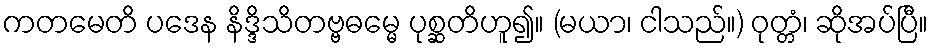
ကတမေတိ ပဒေန နိဒ္ဒိသိတဗ္ဗဓမ္မေ ပုစ္ဆတိဟူ၍။ (မယာ၊ ငါသည်။) ဝုတ္တံ၊ ဆိုအပ်ပြီ။